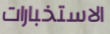
الاستخبارات